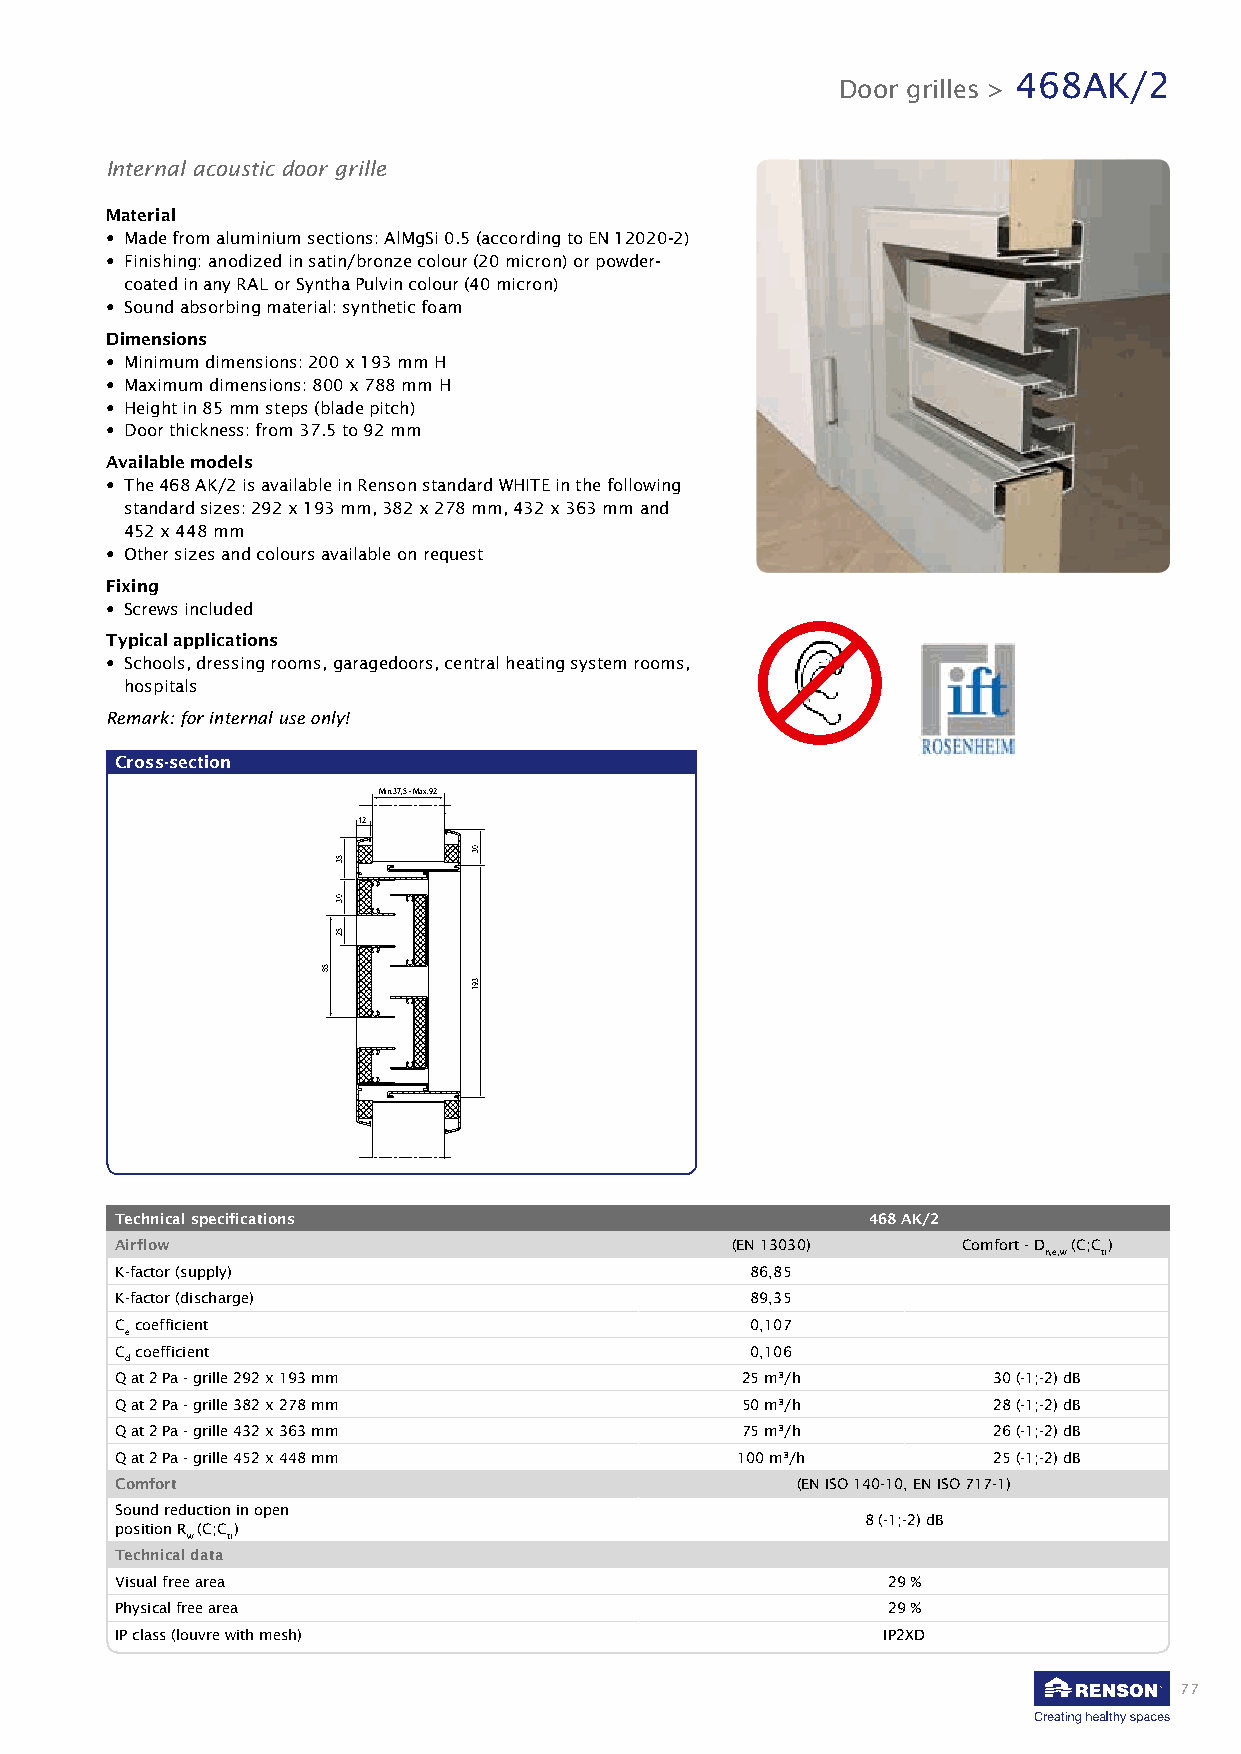
468AK/2
 Door grilles >
 Internal acoustic door grille
 Material
 • Made from aluminium sections: AlMgSi 0.5 (according to EN 12020-2)
 • Finishing: anodized in satin/bronze colour (20 micron) or powder-
 coated in any RAL or Syntha Pulvin colour (40 micron)
 • Sound absorbing material: synthetic foam
 Dimensions
 • Minimum dimensions: 200 x 193 mm H
 • Maximum dimensions: 800 x 788 mm H
 • Height in 85 mm steps (blade pitch)
 • Door thickness: from 37.5 to 92 mm
 Available models
 • The 468 AK/2 is available in Renson standard WHITE in the following
 standard sizes: 292 x 193 mm, 382 x 278 mm, 432 x 363 mm and
 452 x 448 mm
 • Other sizes and colours available on request
 Fixing
 • Screws included
 Typical applications
 • Schools, dressing rooms, garagedoors, central heating system rooms,
 hospitals
 Remark: for internal use only!
 Cross-section
 Min.37,5 - Max.92
 12
 Technical specifications                         468 AK/2
 Airflow                                 (EN 13030)      Comfort - D (C;C )
 n,e,w tr
 K-factor (supply)                         86,85
 K-factor (discharge)                      89,35
 C coefficient                             0,107
 e
 C coefficient                             0,106
 d
 Q at 2 Pa - grille 292 x 193 mm          25 m³/h          30 (-1;-2) dB
 Q at 2 Pa - grille 382 x 278 mm          50 m³/h          28 (-1;-2) dB
 Q at 2 Pa - grille 432 x 363 mm          75 m³/h          26 (-1;-2) dB
 Q at 2 Pa - grille 452 x 448 mm          100 m³/h         25 (-1;-2) dB
 Comfort                                      (EN ISO 140-10, EN ISO 717-1)
 Sound reduction in open
 8 (-1;-2) dB
 position R (C;C )
 w  tr
 Technical data
 Visual free area                                   29 %
 Physical free area                                 29 %
 IP class (louvre with mesh)                       IP2XD
 77
 58
 53
 03
 52
 03
 391